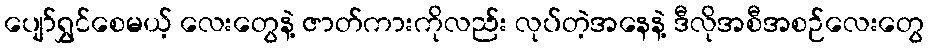
ပျော်ရွှင်စေမယ့် လေးတွေနဲ့ ဇာတ်ကားကိုလည်း လုပ်တဲ့အနေနဲ့ ဒီလိုအစီအစဉ်လေးတွေ